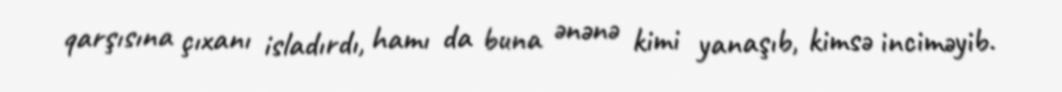
qarşısına çıxanı isladırdı, hamı da buna ənənə kimi yanaşıb, kimsə inciməyib.